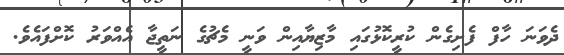
ދެވަނަ ހާފް ފެށިގެން ކުރީކޮޅުގައި މާޒިޔާއިން ވަނީ މެޗުގެ ނަތީޖާ އެއްވަރު ކޮށްފައެވެ.